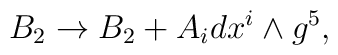
B_2 \rightarrow B_2 + A_idx^i\wedge g^5,